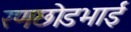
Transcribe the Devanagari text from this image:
रणछोडभाई